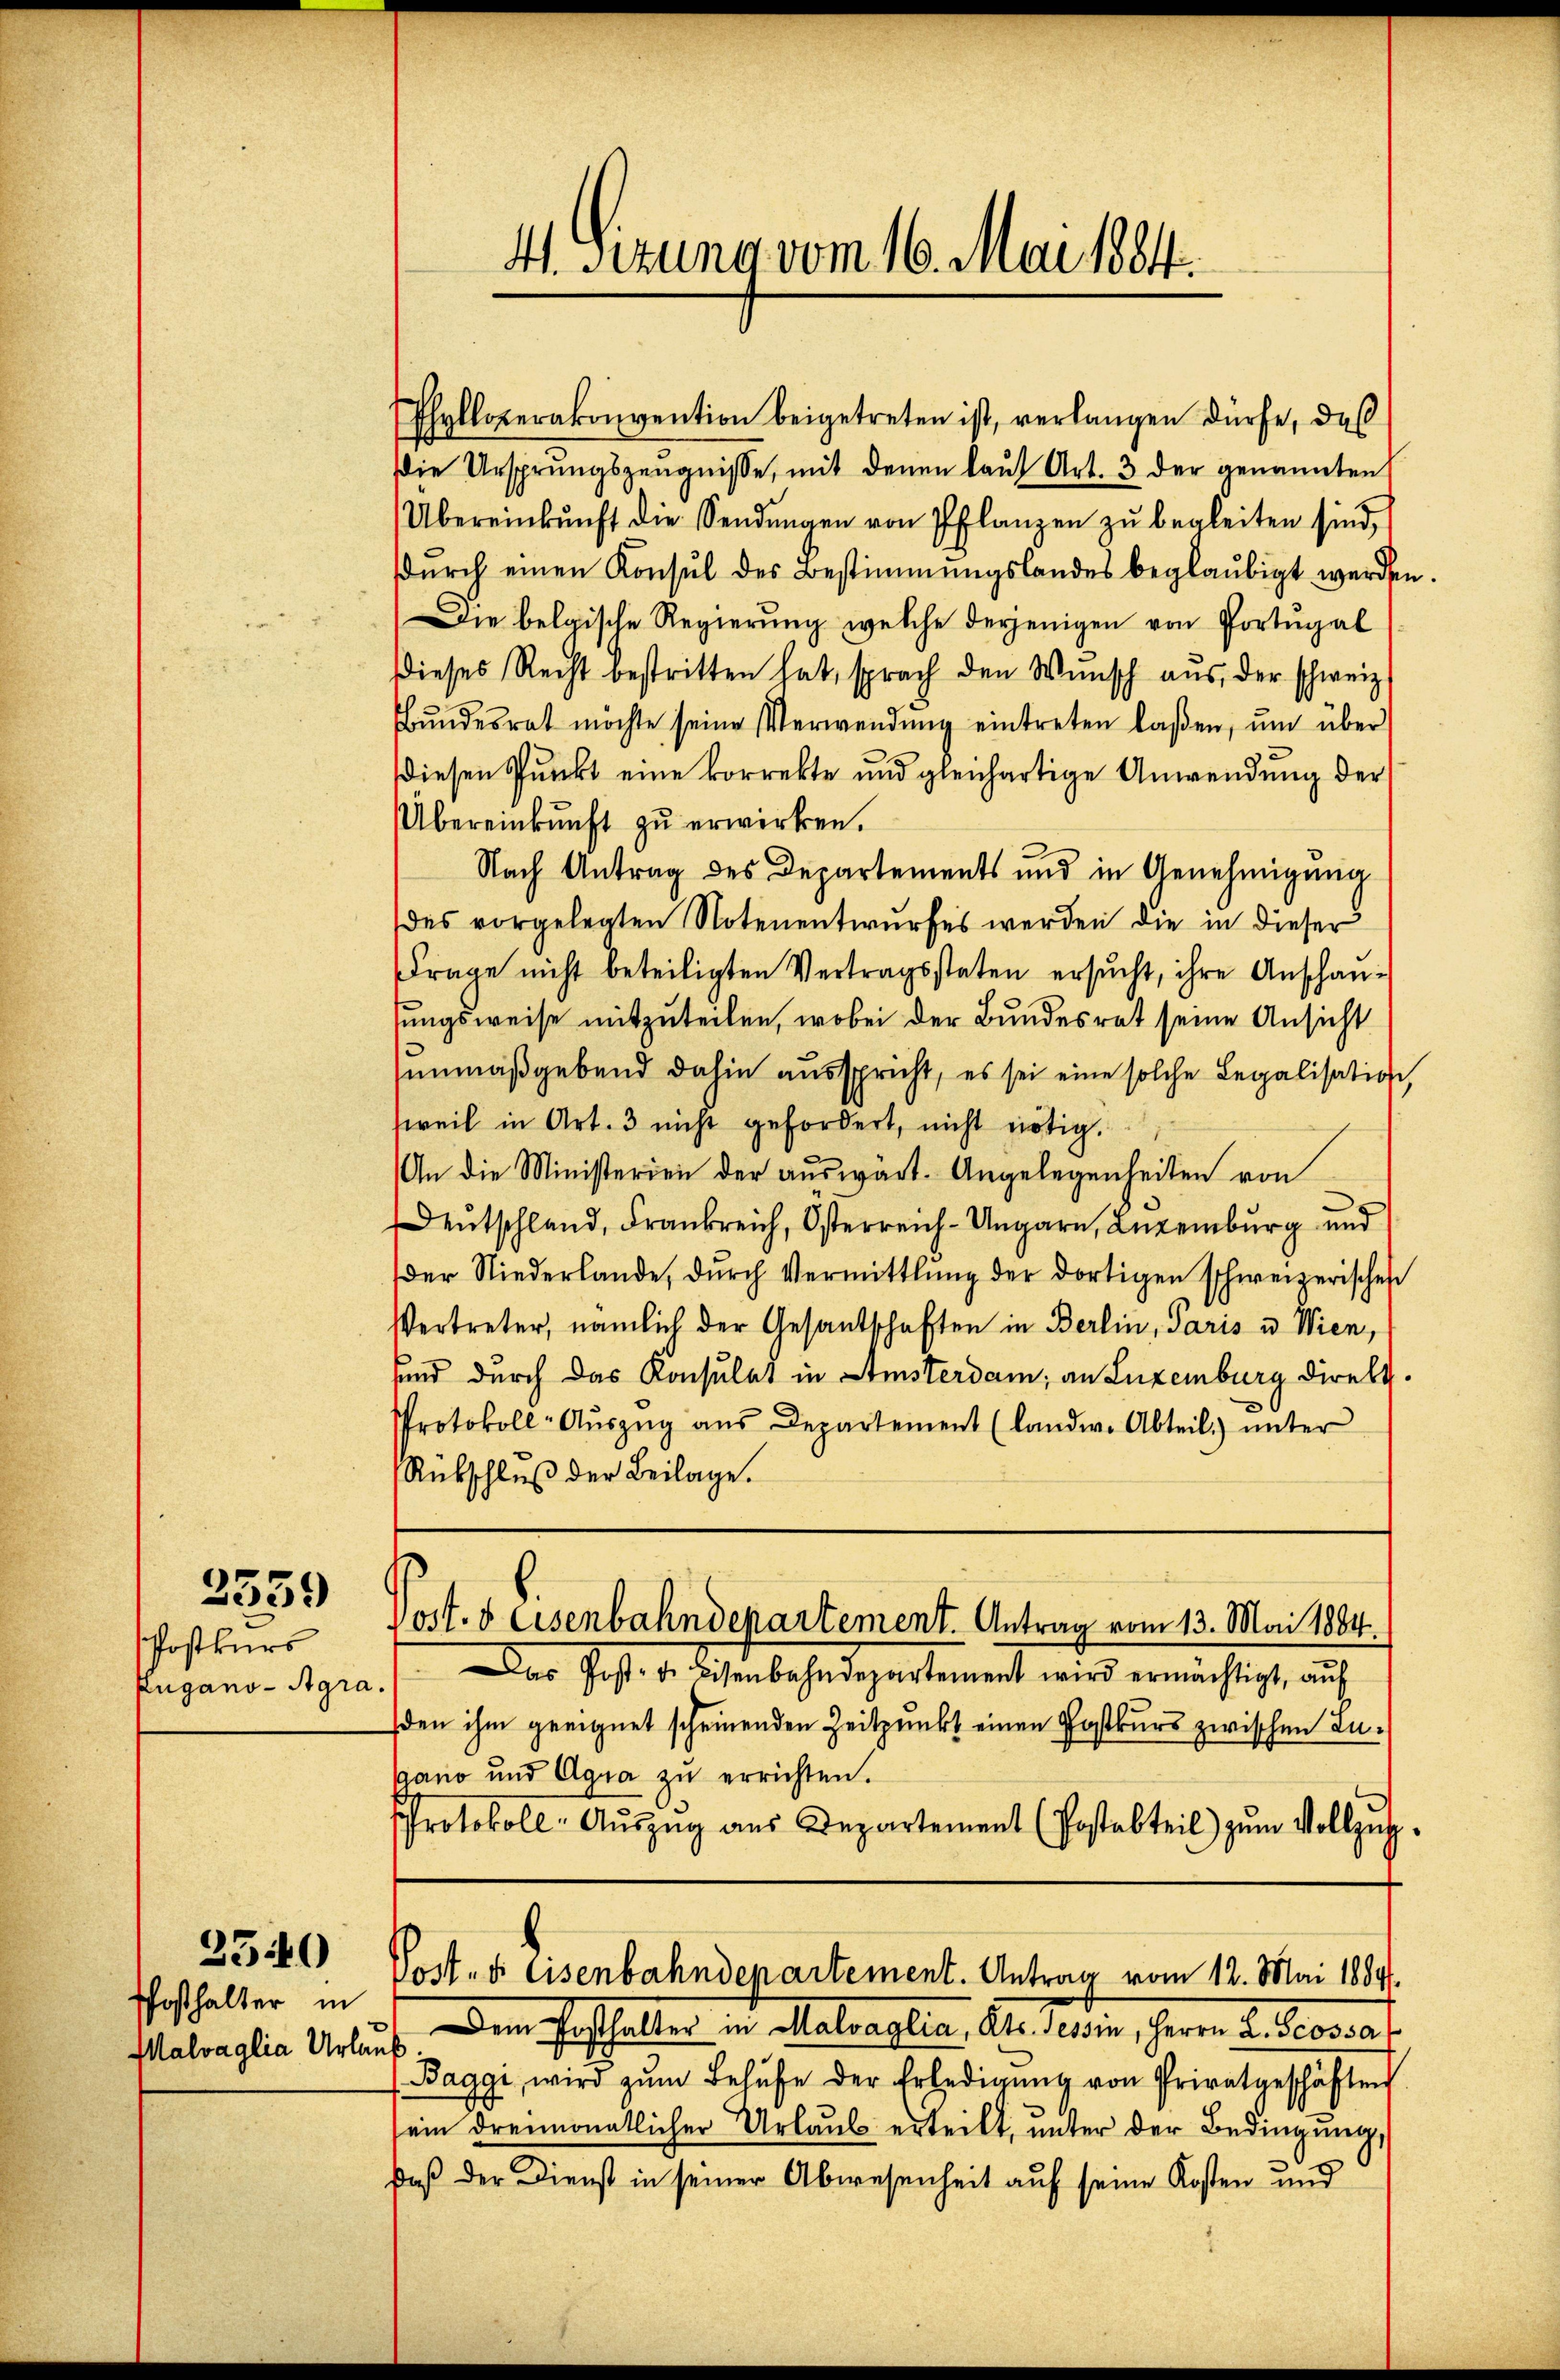
Postkurs
Zugano-Agre

2359

Phosthalter in
Malvaglia Urlaub

2540

4. Sizung vom 16. Mai 1884.

Phylloperakonvention beigetreten ist, verlangen dürfe, daß
Die Ursprungszeŭgnisse, mit denen laŭf Art. 3 der genannten
Übereinkunft die Sendŭngen von Pflanzen zŭ begleiten sind,
dŭrch einen Konsul des Bestimmungslandes beglaubigt werden.
Die belgische Regierung welche derjenigen von Portugal
dieses Recht bestritten hat, sprach den Wŭnsch aus, der schweiz.
Bŭndesrat möchte seine Verwendŭng eintreten laßen, ŭm über
diesen Punkt eine korrekte und gleichartige Anwendung der
Übereinkunft zŭ erwirken.
Nach Antrag des Departements und in Genehmigung
des vorgelegten Notenentwurfes werden die in dieser
Frage nicht beteiligten Vertragsstaten ersŭcht, ihre Anschan-
ungsweise mitzuteilen, wobei der Bundesrat seine Ansicht
unmaßgebend dahin ausspricht, es sei eine solche Legalisation,
weil in Art. 3 nicht gefordert, nicht nötig.
An die Ministerien der aŭswart. Angelegenheiten von
entschland, Frankreich, Osterreich-Ungarn, Luxenburg und
der Niederlande, dŭrch Vermittlung der dortigen schweizerischen
Vertreter, nämlich der Gesandschaften in Berlin, Paris u. Wien,
sund durch das Konsulat in Amsterdam, an Luxenburg direkt.
Protokoll-Aŭszŭg aŭs Departement (landw. Abteil) ŭnter
Rübschluß der Beilage.

Vost. 8 Eisenbahndepartement. Antrag vom 13. Mai 1884.

Das Post- u. Bisenbahndepartement wird ermächtigt, aŭf
2.
den ihm geeignet scheinenden Zeitpunkt einen Postkurs zwischen Lupano und Agia zu errichten.
Protokoll- Aŭszŭg aŭs Departement (Postabteil) zum Vollzug.

Post- & Eisenbahndepartement. Antrag vom 12. Mai 1889.

Dem Posthalter in Malvaglia, Kts. Tessin, Herrn L. Scossat
Baggi, wird zŭm Behufe der Erledigŭng von Privatgeschäften
sein dreimonatlicher Urlaub erteilt, unter der Bedingung,
Daß der Dienst in seiner Abwesenheit auf seine Kosten und